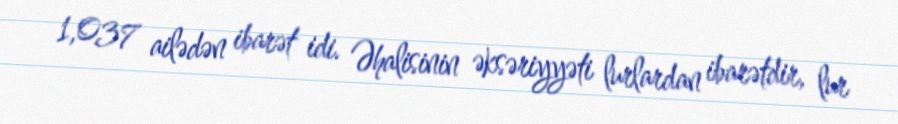
1,037 ailədən ibarət idi. Əhalisinin əksəriyyəti lurlardan ibarətdir, lur